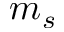
m _ { s }